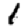
Digit: 1